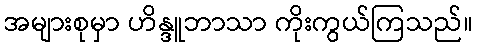
အများစုမှာ ဟိန္ဒူဘာသာ ကိုးကွယ်ကြသည်။